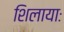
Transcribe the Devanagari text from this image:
शिलायाः